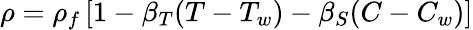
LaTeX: \rho=\rho_{f}\left[1-\beta_{T}(T-T_{w})-\beta_{S}(C-C_{w})\right]